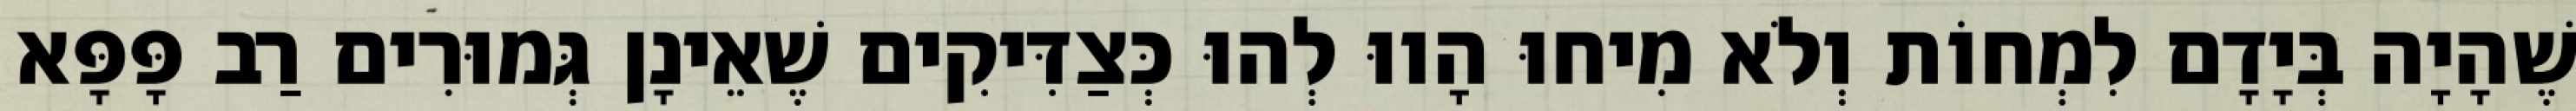
שֶׁהָיָה בְּיָדָם לִמְחוֹת וְלֹא מִיחוּ הָווּ לְהוּ כְּצַדִּיקִים שֶׁאֵינָן גְּמוּרִים רַב פָּפָּא